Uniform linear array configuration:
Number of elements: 24
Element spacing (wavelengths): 0.5
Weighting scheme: binomial
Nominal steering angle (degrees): -45
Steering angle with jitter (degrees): -44.17
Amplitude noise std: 0.05
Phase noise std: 0.05

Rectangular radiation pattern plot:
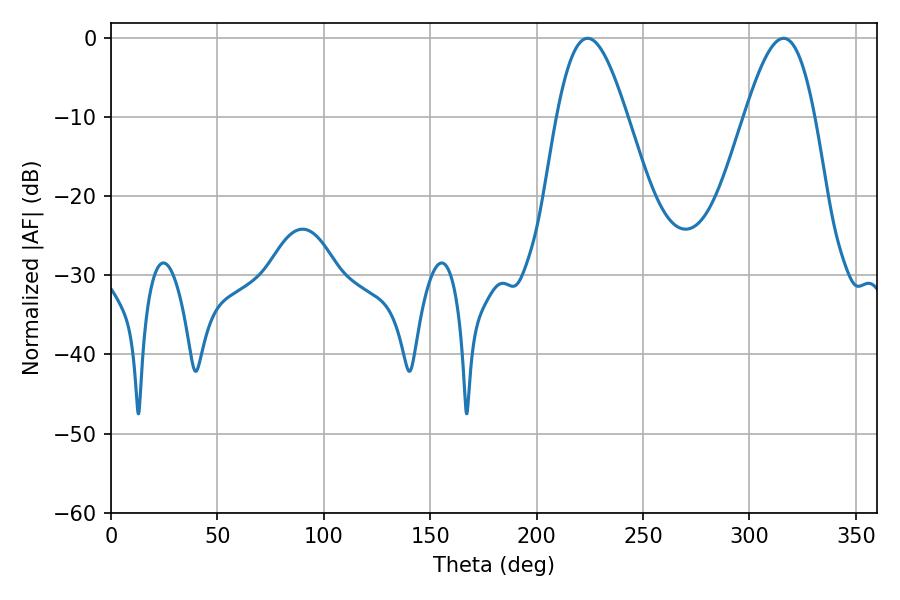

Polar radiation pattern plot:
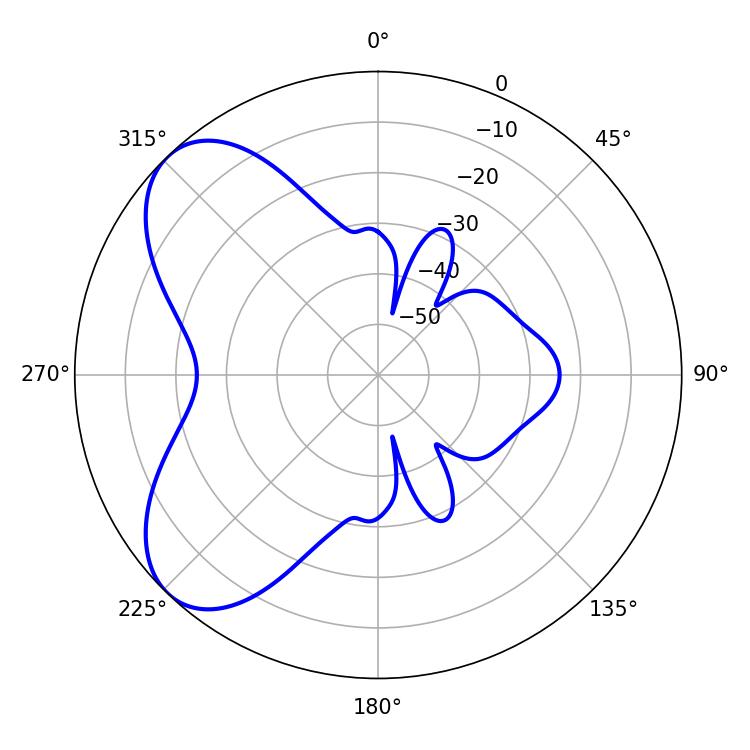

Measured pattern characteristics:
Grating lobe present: FALSE
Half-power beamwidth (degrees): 17.82
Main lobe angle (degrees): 223.92